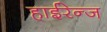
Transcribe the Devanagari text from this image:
हाईरेन्ज